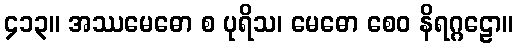
၄၁၃။ အဿမေဓော စ ပုရိသ၊ မေဓော စေဝ နိရဂ္ဂဠော။